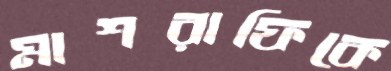
মাশরাফিকে